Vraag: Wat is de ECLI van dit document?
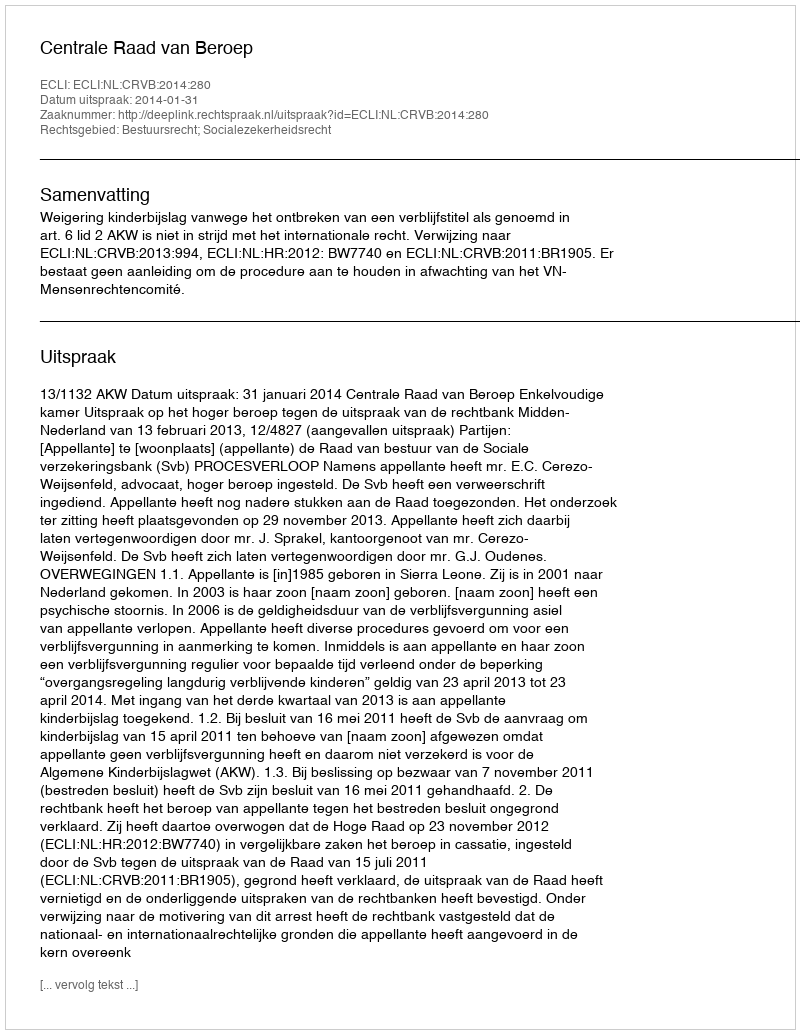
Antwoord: ECLI:NL:CRVB:2014:280